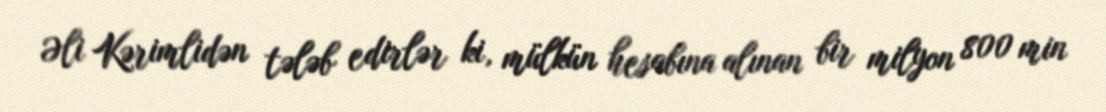
Əli Kərimlidən tələb edirlər ki, mülkün hesabına alınan bir milyon 800 min